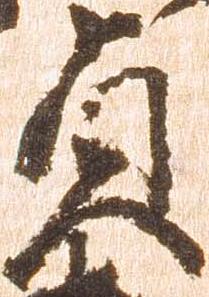
貞